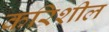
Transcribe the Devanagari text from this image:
करिशील